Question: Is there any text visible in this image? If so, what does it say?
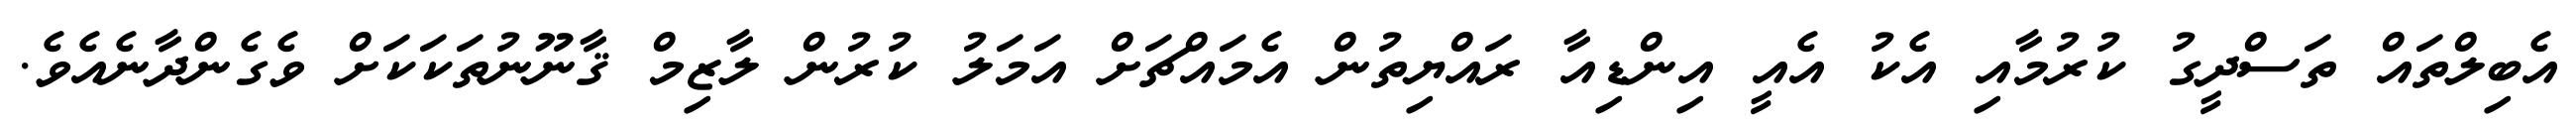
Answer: އެބިލްތައް ތަސްދީގު ކުރުމާއި އެކު އެއީ އިންޑިއާ ރައްޔިތުން އެމައްޗަށް އަމަލު ކުރުން ލާޒިމް ޤާނޫނުތަކަކަށް ވެގެންދާނެއެވެ.